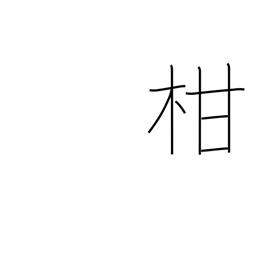
Meaning: citrus